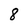
Character: 8